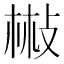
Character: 㪔